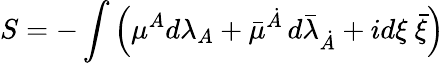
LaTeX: S=-\int\left({\mu}{}^{A}d\lambda_{A}+\bar{\mu}{}^{\dot{A}}\, d{\bar{\lambda}}_{\dot{A}}+id{\xi}~\bar{\xi}\right)